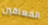
المعاقين